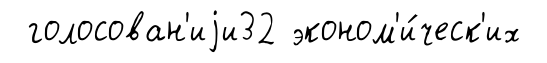
голосован'иjи32 эконом'и́ческ'их